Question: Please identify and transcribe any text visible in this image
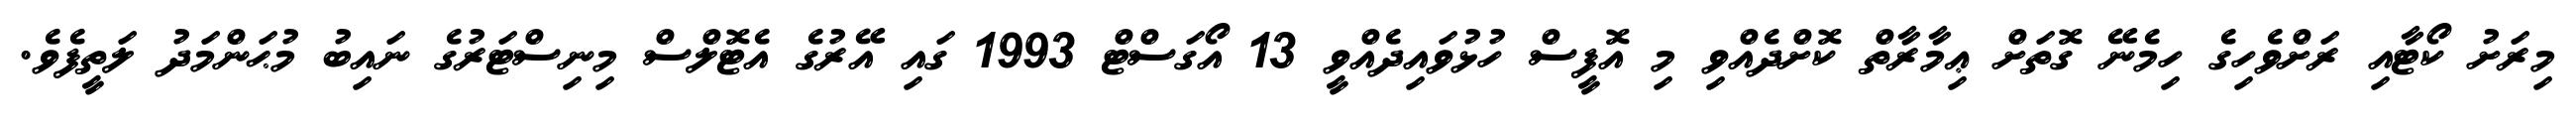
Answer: މިރަށު ކޯޓާއި ރަށްވެހިގެ ހިމެނޭ ގޮތަށް ޢިމާރާތް ކޮށްދެއްވި މި އޮފީސް ހުޅުވައިދެއްވީ 13 އޯގަސްޓް 1993 ގައި އޭރުގެ އެޓޮލްސް މިނިސްޓަރުގެ ނައިބު މުޙަންމަދު ލަތީފެވެ.